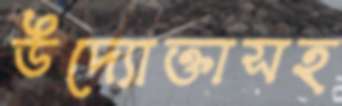
উদ্যোক্তাসহ